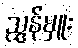
ညွှန်မှူး